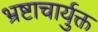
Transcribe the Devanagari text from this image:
भ्रष्टाचार्युक्त